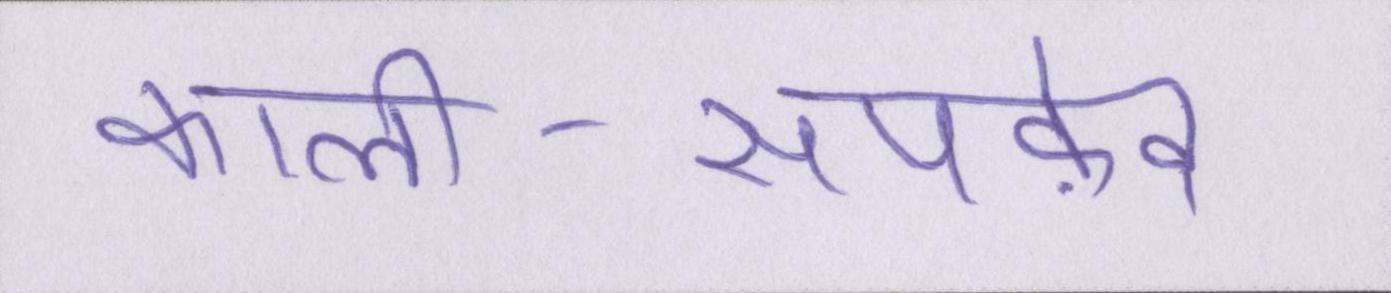
काली-सपफ़ेद